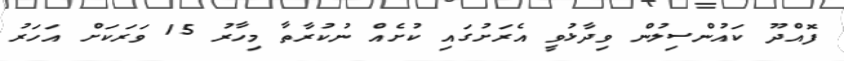
ފޮއްދޫ ކައުންސިލުން ވިދާޅުވީ އެރަށުގައި ކުށެއް ނުކުރާތާ މިހާރު 15 ވަރަކަށް އަހަރު